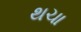
થચા